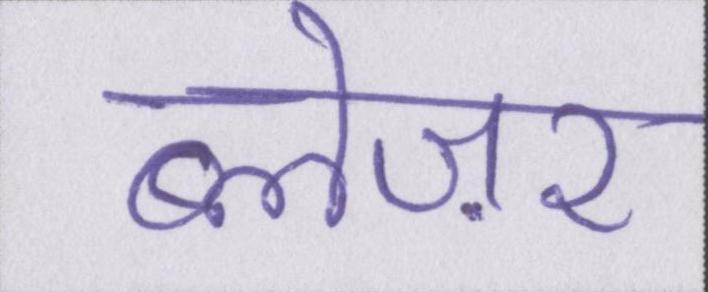
ब्लेज़र